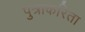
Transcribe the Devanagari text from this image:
पुत्राकरिता